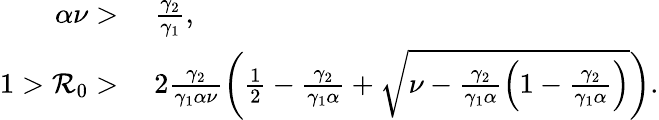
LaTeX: \begin{array}{rl}{\alpha\nu>}&{\; \frac{\gamma_{2}}{\gamma_{1}},}\\ {1>\mathcal{R}_{0}>}&{\; 2\frac{\gamma_{2}}{\gamma_{1}\alpha\nu}\left(\frac{1}{2}-\frac{\gamma_{2}}{\gamma_{1}\alpha}+\sqrt{\nu-\frac{\gamma_{2}}{\gamma_{1}\alpha}\left(1-\frac{\gamma_{2}}{\gamma_{1}\alpha}\right)}\right).}\end{array}